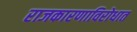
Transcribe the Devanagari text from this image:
राजकारणाविरोधात